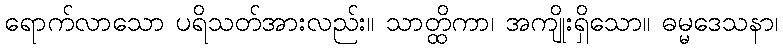
ရောက်လာသော ပရိသတ်အားလည်း။ သာတ္ထိကာ၊ အကျိုးရှိသော။ ဓမ္မဒေသနာ၊